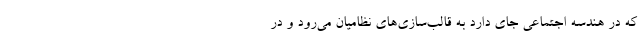
که در هندسه اجتماعی جای دارد به قالب‌سازی‌های نظامیان می‌رود و در